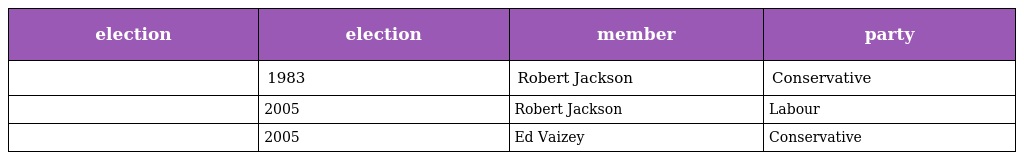
| election | election | member | party |
 | --- | --- | --- | --- |
 |  | 1983 | Robert Jackson | Conservative |
 |  | 2005 | Robert Jackson | Labour |
 |  | 2005 | Ed Vaizey | Conservative |